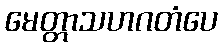
မေတ္တာသဟဂတံပေ